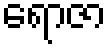
ရောဇာ